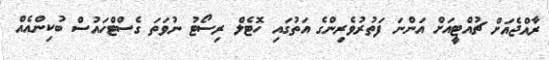
ރާއްޖެއަށް ޗުއްޓީއަށް އަންނަ ފަތުރުވެރިންގެ އަތުގައި ހޮޓެލް ރިސޯޓު ނުވަތަ ގެސްޓްހައުސް ބުކިންއެއް